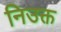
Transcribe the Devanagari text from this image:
निउक्त